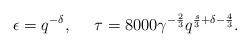
\begin{align*} \epsilon= q^{- \delta}, \,\,\,\,\,\,\,\, \tau=8000\gamma^{-\frac{2}{3}}q^{\frac{s}{3}+\delta-\frac{4}{3}}.\end{align*}